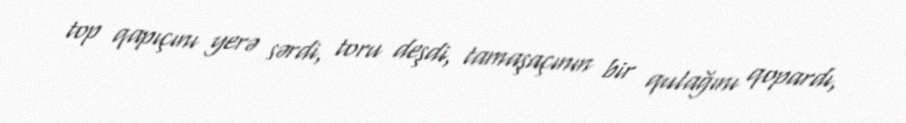
top qapıçını yerə sərdi, toru deşdi, tamaşaçının bir qulağını qopardı,